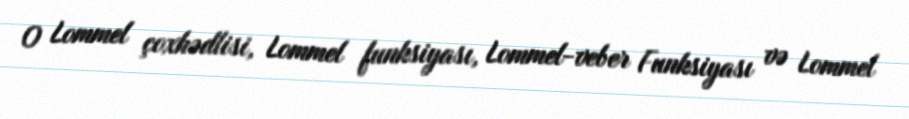
O Lommel çoxhədlisi, Lommel funksiyası, Lommel-veber Funksiyası və Lommel